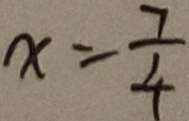
x = \frac { 7 } { 4 }